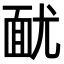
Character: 𩈊